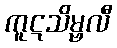
ကူဋသိမ္ဗလီ